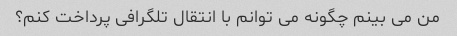
من می بینم چگونه می توانم با انتقال تلگرافی پرداخت کنم؟